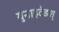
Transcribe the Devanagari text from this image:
युनाइटेडश्